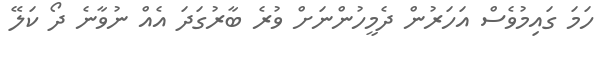
ހަމަ ގައިމުވެސް އަހަރުން ދެމީހުންނަށް ވުރެ ބާރުގަދަ އެއް ނުވާނެ ދޯ ކަލޭ